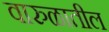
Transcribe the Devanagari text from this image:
वारुळातील